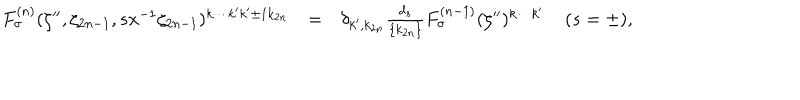
\begin{array} { r c l } { { F _ { \sigma } ^ { ( n ) } ( \zeta ^ { \prime \prime } , \zeta _ { 2 n - 1 } , s x ^ { - 1 } \zeta _ { 2 n - 1 } ) ^ { k \cdots k ^ { \prime } k ^ { \prime } \pm 1 k _ { 2 n } } } } & { { = } } & { { \delta _ { k ^ { \prime } , k _ { 2 n } } \frac { d _ { s } } { \{ k _ { 2 n } \} } F _ { \sigma } ^ { ( n - 1 ) } ( \zeta ^ { \prime \prime } ) ^ { k \cdots k ^ { \prime } } \; ( s = \pm ) , } } \\ \end{array}